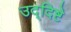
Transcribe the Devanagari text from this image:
उद्‌दिष्टे